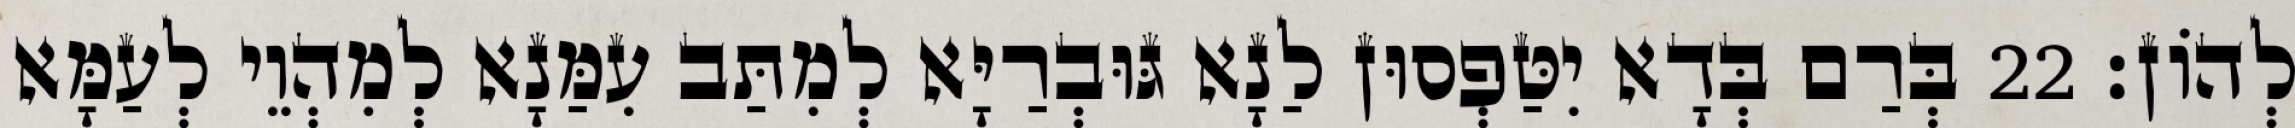
לְהוֹן׃ 22 בְּרַם בְּדָא יִטַּפְסוּן לַנָא גּוּבְרַיָּא לְמִתַּב עִמַּנָא לְמִהְוֵי לְעַמָּא